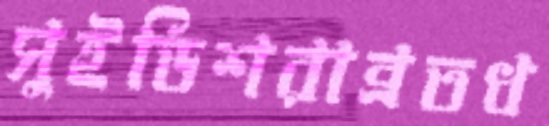
সুইডিশরাব্রতধ